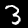
Digit: 3